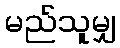
မည်သူမျှ